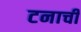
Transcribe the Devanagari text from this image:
टनाची